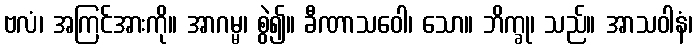
ဗလံ၊ အကြင်အားကို။ အာဂမ္မ၊ စွဲ၍။ ခီဏာသဝေါ၊ သော။ ဘိက္ခု၊ သည်။ အာသဝါနံ၊